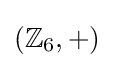
(\mathbb {Z} _{6},+)